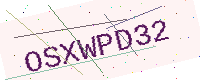
Text: OSXWPD32